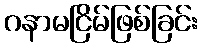
ဂနာမငြိမ်ဖြစ်ခြင်း